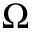
\Omega